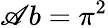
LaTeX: \mathscr{A}b=\pi^{2}